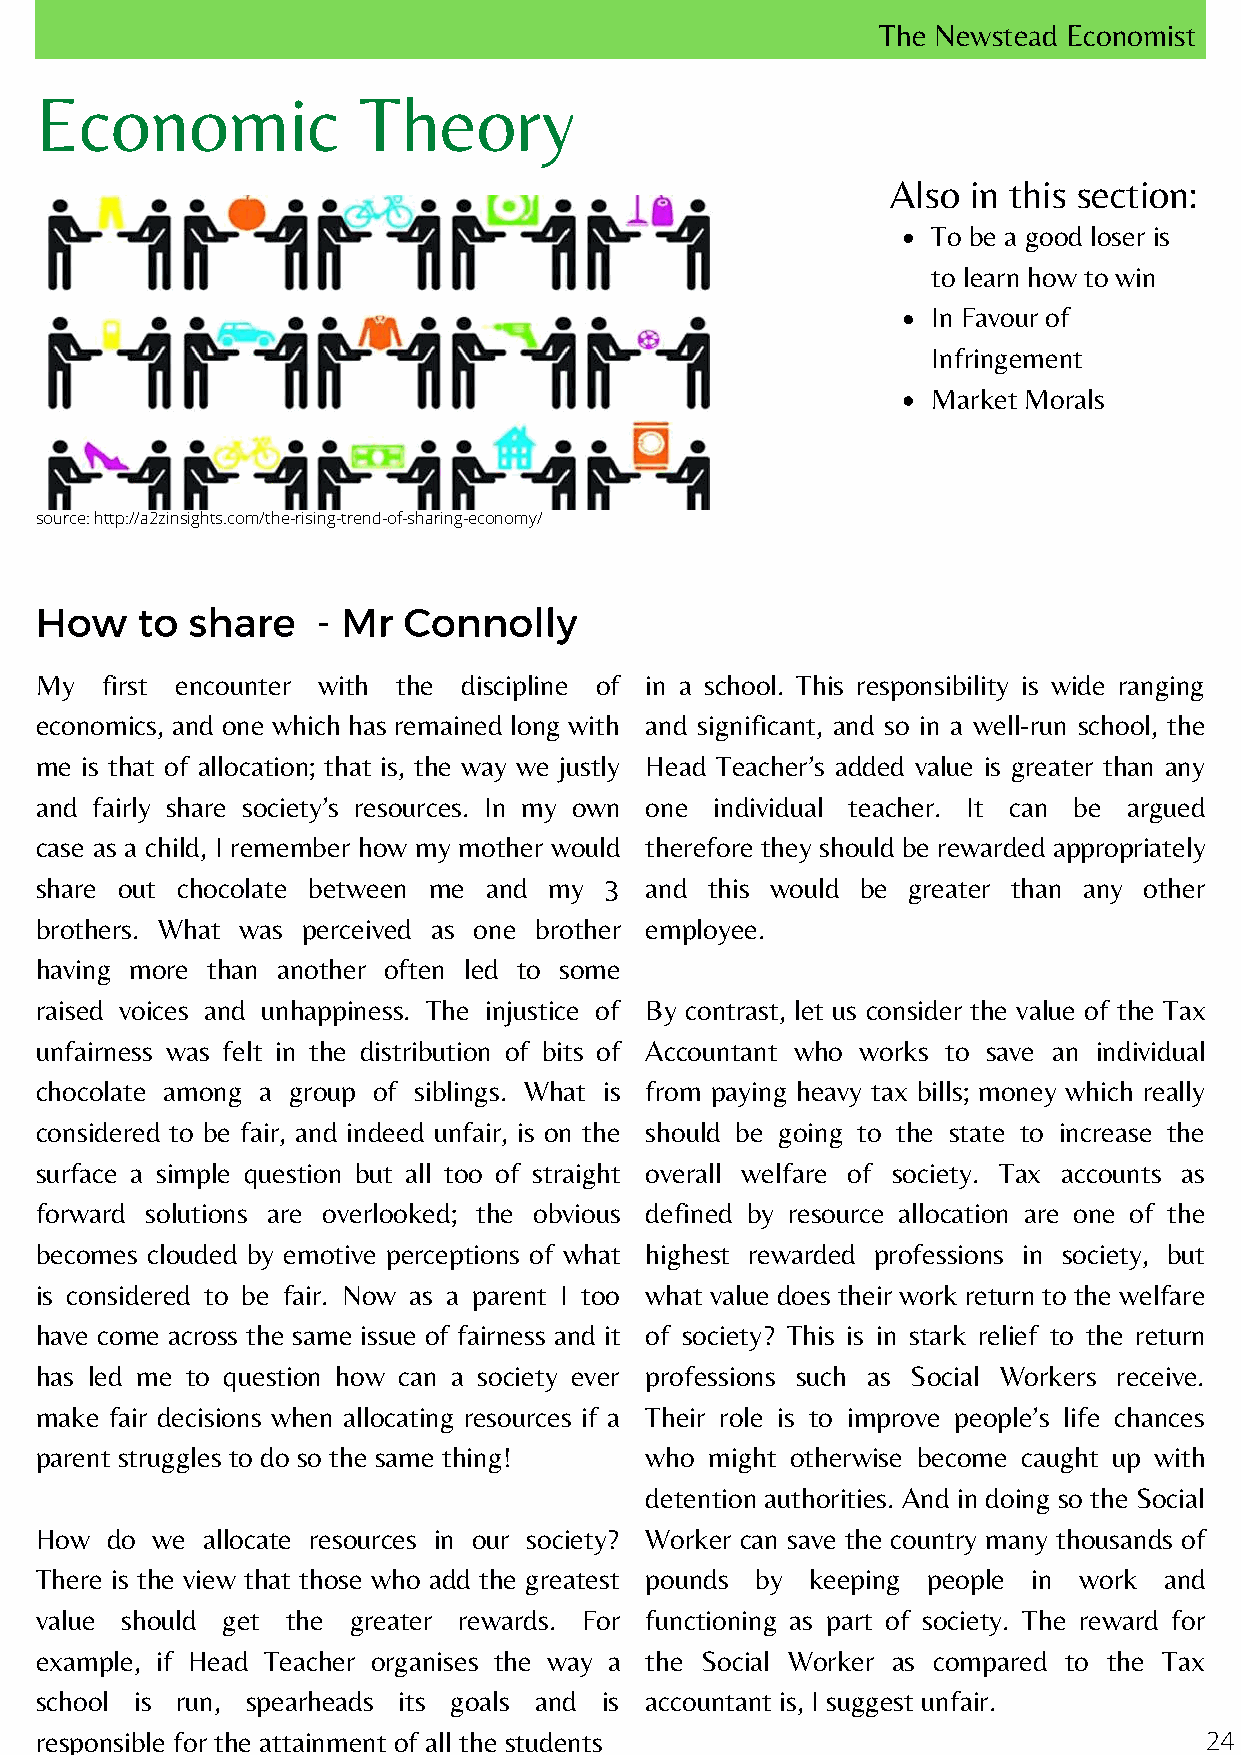
The Newstead Economist
 Economic              Theory
 Also in this section:
 To be a good loser is
 to learn how to win
 In Favour of
 Infringement
 Market Morals
 source: http://a2zinsights.com/the-rising-trend-of-sharing-economy/
 How    to share    - Mr  Connolly
 My   first encounter with the discipline of in a school. This responsibility is wide ranging
 economics, and one which has remained long with and significant, and so in a well-run school, the
 me is that of allocation; that is, the way we justly Head Teacher’s added value is greater than any
 and fairly share society’s resources. In my own one individual teacher. It can be argued
 case as a child, I remember how my mother would therefore they should be rewarded appropriately
 share out chocolate between me and my 3  and this would be greater than any other
 brothers. What was perceived as one brother employee.
 having more than another often led to some
 raised voices and unhappiness. The injustice of By contrast, let us consider the value of the Tax
 unfairness was felt in the distribution of bits of Accountant who works to save an individual
 chocolate among a group of siblings. What is from paying heavy tax bills; money which really
 considered to be fair, and indeed unfair, is on the should be going to the state to increase the
 surface a simple question but all too of straight overall welfare of society. Tax accounts as
 forward solutions are overlooked; the obvious defined by resource allocation are one of the
 becomes clouded by emotive perceptions of what highest rewarded professions in society, but
 is considered to be fair. Now as a parent I too what value does their work return to the welfare
 have come across the same issue of fairness and it of society? This is in stark relief to the return
 has led me to question how can a society ever professions such as Social Workers receive.
 make fair decisions when allocating resources if a Their role is to improve people’s life chances
 parent struggles to do so the same thing! who might otherwise become caught up with
 detention authorities. And in doing so the Social
 How  do we allocate resources in our society? Worker can save the country many thousands of
 There is the view that those who add the greatest pounds by keeping people in work and
 value should get the greater rewards. For functioning as part of society. The reward for
 example, if Head Teacher organises the way a the Social Worker as compared to the Tax
 school is run, spearheads its goals and is accountant is, I suggest unfair.
 responsible for the attainment of all the students                            24